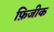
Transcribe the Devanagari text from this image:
फ़िजीक